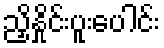
ညှိနှိုင်းပူးပေါင်း